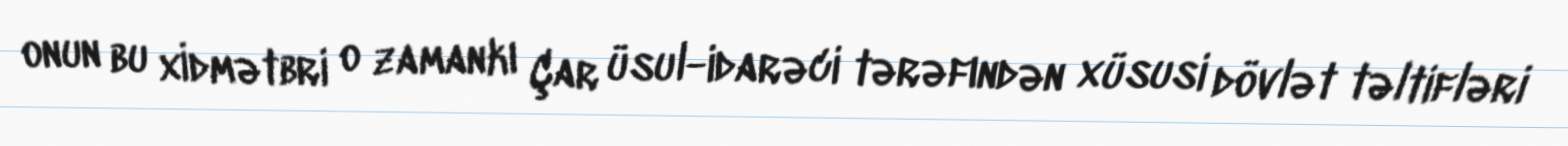
onun bu xİdmətbri o zamankı Çar üsul-idarəci tərəfındən xüsusi dövlət təltifləri